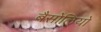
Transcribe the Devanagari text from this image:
बैसोलियो